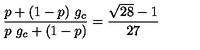
{ \frac { p + ( 1 - p ) \ g _ { c } } { p \ g _ { c } + ( 1 - p ) } } = { \frac { \sqrt { 2 8 } - 1 } { 2 7 } }